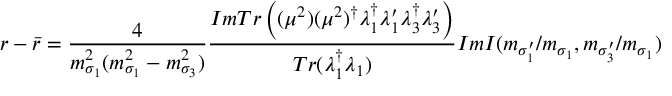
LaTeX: r - \bar { r } = \frac { 4 } { m _ { \sigma _ { 1 } } ^ { 2 } ( m _ { \sigma _ { 1 } } ^ { 2 } - m _ { \sigma _ { 3 } } ^ { 2 } ) } \frac { I m T r \left( ( \mu ^ { 2 } ) ( \mu ^ { 2 } ) ^ { \dagger } \lambda _ { 1 } ^ { \dagger } \lambda _ { 1 } ^ { \prime } \lambda _ { 3 } ^ { \dagger } \lambda _ { 3 } ^ { \prime } \right) } { T r ( \lambda _ { 1 } ^ { \dagger } \lambda _ { 1 } ) } I m I ( m _ { \sigma _ { 1 } ^ { \prime } } / m _ { \sigma _ { 1 } } , m _ { \sigma _ { 3 } ^ { \prime } } / m _ { \sigma _ { 1 } } )